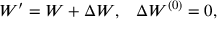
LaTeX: \begin{array} { l r } { { W ^ { \prime } = W + \Delta W , } } & { { \Delta W ^ { ( 0 ) } = 0 , } } \end{array}